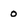
Character: o